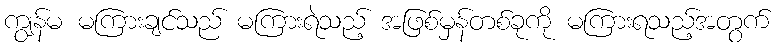
ကျွန်မ မကြားချင်သည် မကြားရဲသည့် အဖြစ်မှန်တစ်ခုကို မကြားရသည့်အတွက်